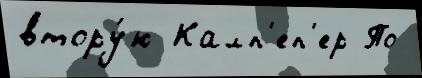
втору́ю Калп'еп'ер По